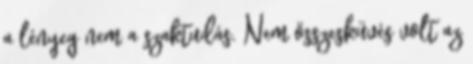
a lényeg nem a szaktudás. Nem összesküvés volt az